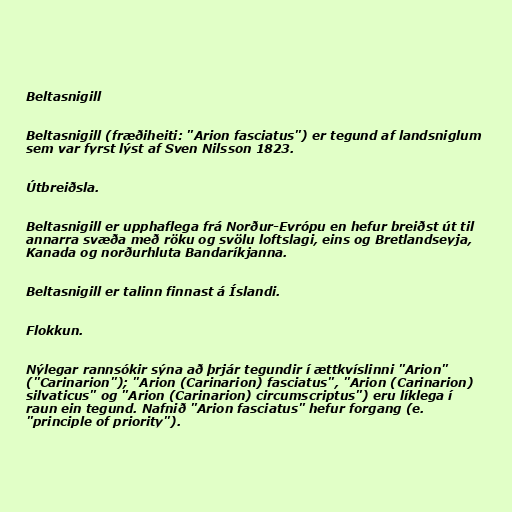
Beltasnigill

Beltasnigill (fræðiheiti: "Arion fasciatus") er tegund af landsniglum
sem var fyrst lýst af Sven Nilsson 1823.

Útbreiðsla.

Beltasnigill er upphaflega frá Norður-Evrópu en hefur breiðst út til
annarra svæða með röku og svölu loftslagi, eins og Bretlandseyja,
Kanada og norðurhluta Bandaríkjanna.

Beltasnigill er talinn finnast á Íslandi.

Flokkun.

Nýlegar rannsókir sýna að þrjár tegundir í ættkvíslinni "Arion"
("Carinarion"); "Arion (Carinarion) fasciatus", "Arion (Carinarion)
silvaticus" og "Arion (Carinarion) circumscriptus") eru líklega í
raun ein tegund. Nafnið "Arion fasciatus" hefur forgang (e.
"principle of priority").